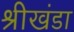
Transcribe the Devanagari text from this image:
श्रीखंडा